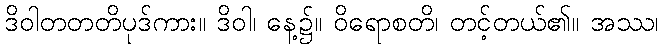
ဒိဝါတတတိပုဒ်ကား။ ဒိဝါ၊ နေ့၌။ ဝိရောစတိ၊ တင့်တယ်၏။ အဿ၊